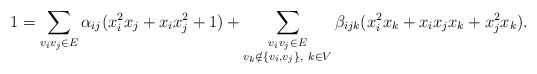
\begin{align*}1 = \sum_{v_iv_j \in E} \alpha_{ij}(x_i^2x_j+x_ix_j^2+1) + \sum_{\substack{v_iv_j \in E \\ v_k \notin \{v_i,v_j\}, \ k \in V}} \beta_{ijk} (x_i^2x_k+x_ix_jx_k+x_j^2x_k).\end{align*}